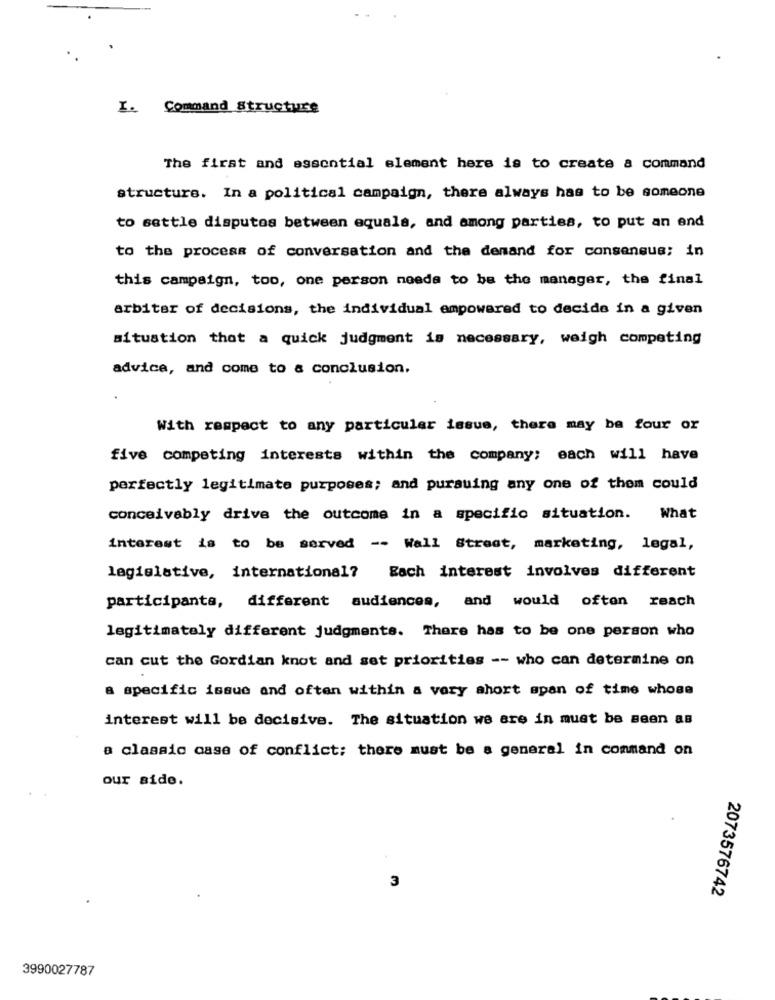
I. Command Structure
The first and essential element here is to create a command
structure. In a political campaign, there always has to be someone
to settle disputes between equals, and among parties, to put an and
to the process of conversation and the demand for consensus; in
this campaign, too, one person needs to be the manager, the final
arbiter of decisions, the individual empowered to decide in a given
situation that a quick judgment is necessary, weigh competing
advice, and come to a conclusion.
With respect to any particular issue, there may be four or
five competing interests within the company; each will have
perfectly legitimate purposes; and pursuing any one of them could
conceivably drive the outcome in a specific situation.
What
interest is to be served -- Wall Street, marketing, legal,
legislative, international? Each interest involves different
participants, different audiences, and would often reach
legitimately different judgments. There has to be one person who
can cut the Gordian knot and set priorities -- who can determine on
a specific issue and often within a very short span of time whose
interest will be decisive. The situation we are in must be seen as
a classic case of conflict; there must be a general in command on
our side.
3
2073576742
3990027787